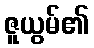
ဇူယွမ်၏